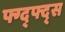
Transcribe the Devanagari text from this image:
फ्ग्द्फ्द्स